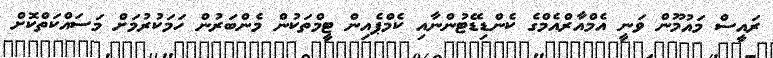
ރައީސް މައުމޫން ވަނީ އެމްއާރްއެމްގެ ކެންޑިޑޭޓުންނާއި ކެމްޕެއިން ޓީމްތަކުން މެންބަރުން ހަމަކުރުމަށް މަސައްކަތްކޮށް